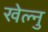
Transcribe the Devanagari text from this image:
खेल्नु